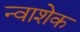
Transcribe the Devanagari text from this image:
न्वाशेक